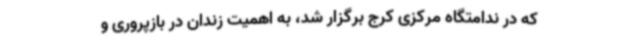
که در ندامتگاه مرکزی کرج برگزار شد، به اهمیت زندان در بازپروری و